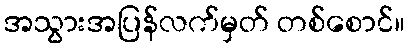
အသွားအပြန်လက်မှတ် တစ်စောင်။